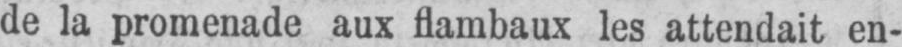
de la promenade aux flambaux les attendait en-